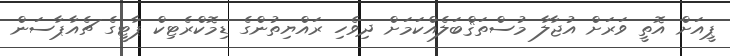
ޕީއަށް އޮތީ ވަރަށް އުޖާލާ މުސްތަޤްބަލެއްކަމަށް ދިވެހި ރައްޔިތުންގެ ޑިމޮކްރެޓިކް ޕާޓީގެ ޗެއާޕާސަން